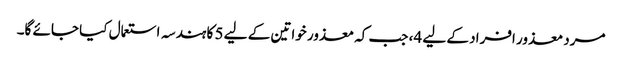
مرد معذور افراد کے لیے 4، جب کہ معذور خواتین کے لیے 5 کا ہندسہ استعمال کیا جائے گا۔